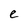
Character: e